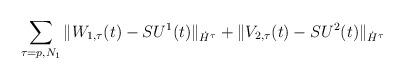
LaTeX: \begin{align*}\sum_{\tau=p, N_1}\|W_{1,\tau}(t)- SU^1(t)\|_{\dot{H}^\tau} + \| V_{2,\tau}(t)- SU^2(t)\|_{\dot{H}^\tau} \end{align*}